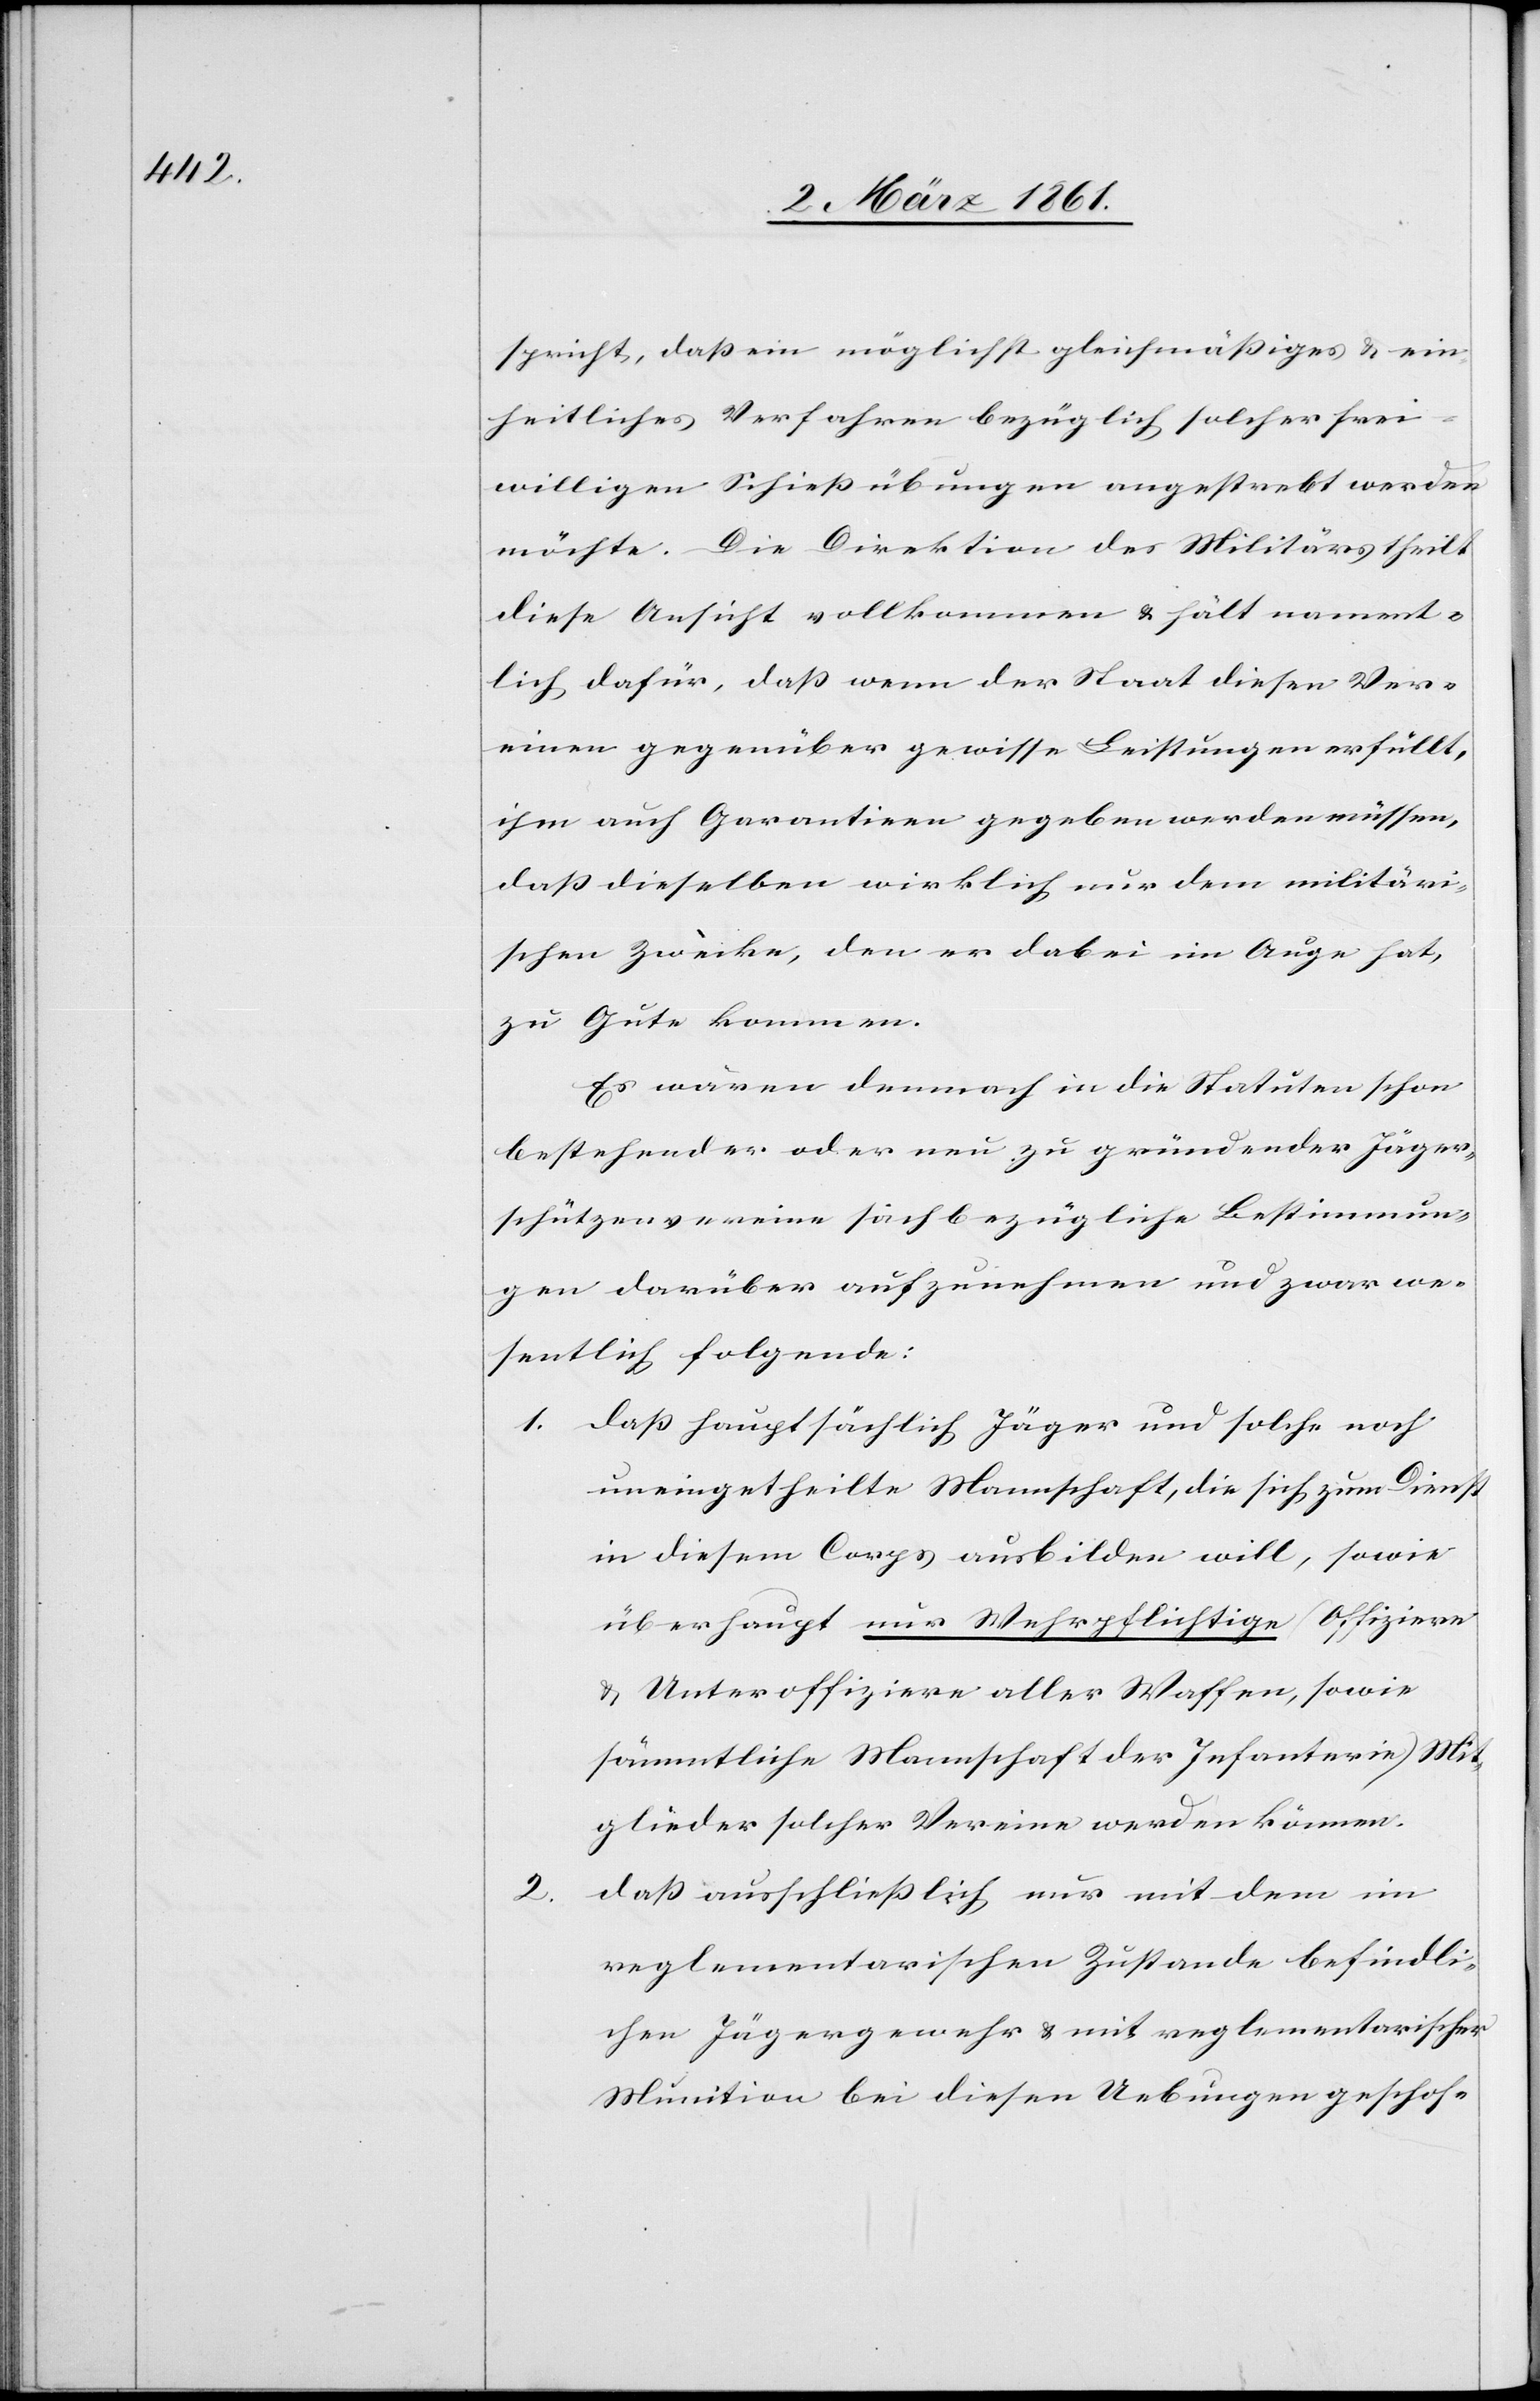
2.

spricht, dass ein möglichst gleichmässiges u. ein¬
heitliches Verfahren bezüglich solcher frei¬
willigen Schiessübungen angestrebt werden
möchte. Die Direktion des Militärs theilt
diese Ansicht vollkommen u. hält nament¬
lich dafür, dass wenn der Staats diesen Ver¬
einen gegenüber gewisse Leistungen erfüllt,
ihm auch Garantien gegeben werden müssen,
dass dieselben wirklich nur dem militäri¬
schen Zwecke, den er dabei im Auge hat,
zu Gute kommen.
Es wären demnach in die Statuten schon
bestehender oder neu zu gründender Jäger¬
schützenvereine sachbezügliche Bestimmun¬
gen darüber aufzunehmen und zwar we¬
sentlich folgende:
1.
dass hauptsächlich Jäger und solche noch
uneingetheilte Mannschaft, die sich zum Dienst
in diesem Corps ausbilden will, sowie
überhaupt nur Wehrpflichtige (Offiziere
u. Unteroffiziere aller Waffen, sowie
sämmtliche Mannschaft der Infanterie) Mit¬
glieder solcher Vereine werden können.
dass ausschliesslich nur mit dem im
reglementarischen Zustande befindli¬
chen Jägergewehr u. mit reglementarischer
Munition bei diesen Uebungen geschos-